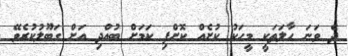
ދެ ވަނަ ހާލަތަކީ މީހަކު ކުށެއް ކޮށްފި ކަމަށް ބުއްދި އަށް ގަބޫލުކުރެވޭ